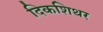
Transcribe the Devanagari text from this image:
दिकशिथर